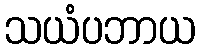
သယံပဘာယ